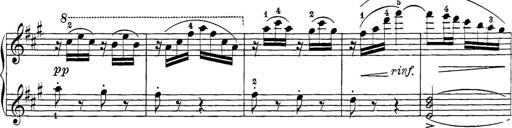
Title: 12 Sonatine per Pianoforte
Composer: Friedrich Kuhlau